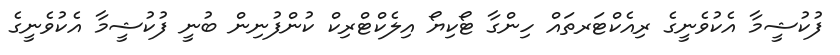
ފުކުޝީމާ އެކުވެނީގެ ރިއެކްޓަރތައް ހިންގާ ޓޯކިޔޯ އިލެކްޓްރިކް ކުންފުނިން ބުނީ ފުކުޝީމާ އެކުވެނީގެ